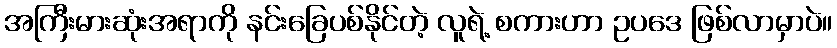
အကြီးမားဆုံးအရာကို နင်းခြေပစ်နိုင်တဲ့ လူရဲ့ စကားဟာ ဥပဒေ ဖြစ်လာမှာပဲ။